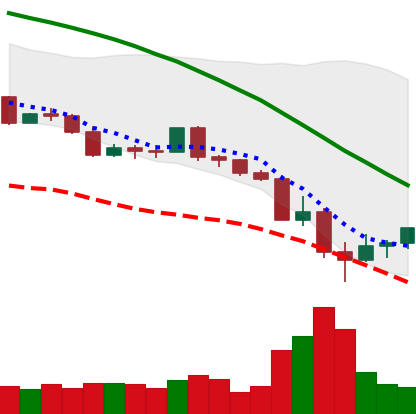
Ticker: LINK-USD
Chart end date: 2022-05-15
Forward return: -13.232%
Label: down_7plus